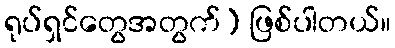
ရုပ်ရှင်တွေအတွက်) ဖြစ်ပါတယ်။